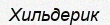
Хильдерик